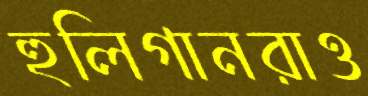
হুলিগানরাও